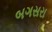
બગસરા